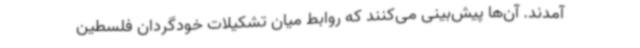
آمدند. آن‌ها پیش‌بینی می‌کنند که روابط میان تشکیلات خودگردان فلسطین